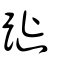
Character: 蹝